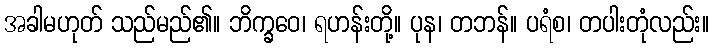
အခါမဟုတ် သည်မည်၏။ ဘိက္ခဝေ၊ ရဟန်းတို့။ ပုန၊ တဘန်။ ပရံစ၊ တပါးတုံလည်း။